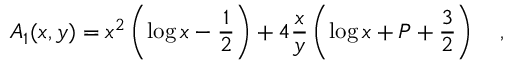
A _ { 1 } ( x , y ) = x ^ { 2 } \left( \log x - \frac 1 2 \right) + 4 \frac x y \left( \log x + P + \frac 3 2 \right) ~ ~ ~ ,